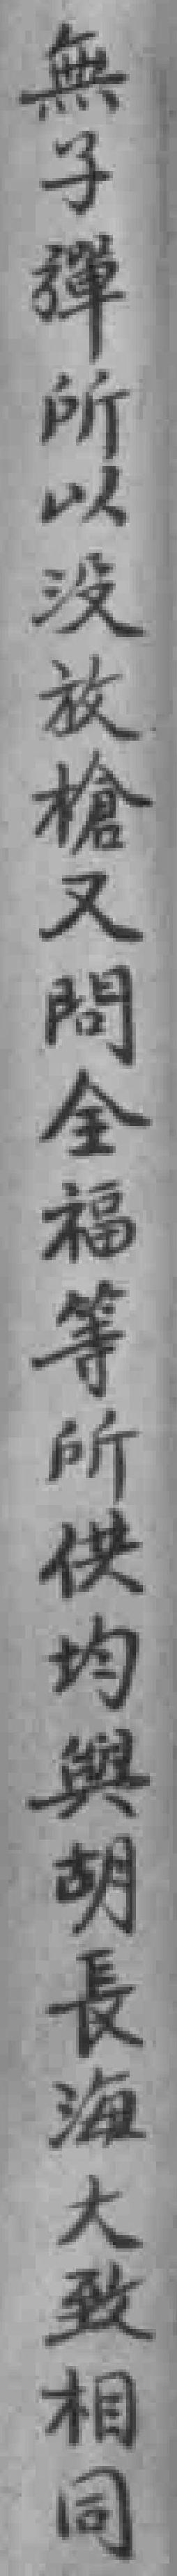
無子弹所以没放槍又問全福等所供均興胡長海大致相同